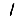
Digit: 1